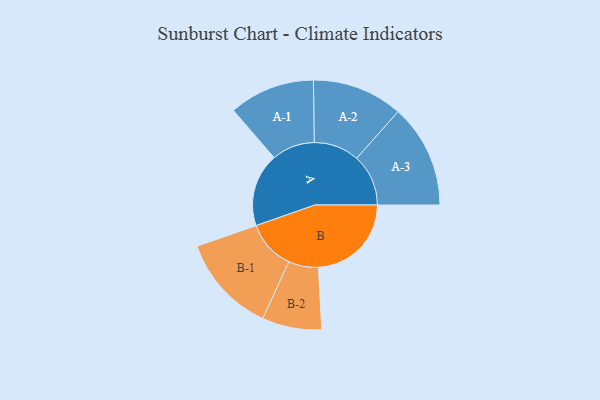
{"axis": {"x": "Segment", "y": "Value"}, "legend": ["", "A", "B"], "data": [{"x": "A", "y": 357, "type": ""}, {"x": "B", "y": 453, "type": ""}, {"x": "A-1", "y": 209, "type": "A"}, {"x": "A-2", "y": 221, "type": "A"}, {"x": "A-3", "y": 252, "type": "A"}, {"x": "B-1", "y": 240, "type": "B"}, {"x": "B-2", "y": 145, "type": "B"}]}